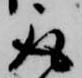
取